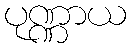
ပုဏ္ဏာယ